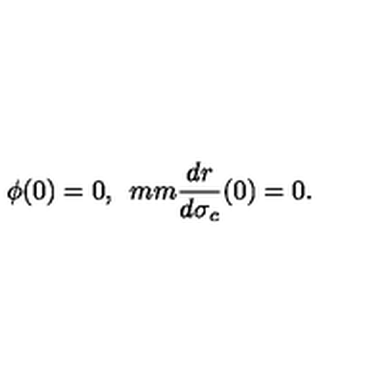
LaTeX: \phi ( 0 ) = 0 , \hspace * { 5 m m } \frac { d r } { d \sigma _ { c } } ( 0 ) = 0 .